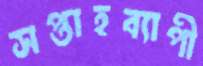
সপ্তাহব্যাপী